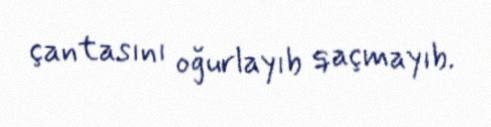
çantasını oğurlayıb qaçmayıb.